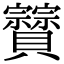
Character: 𧹆